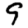
Digit: 9